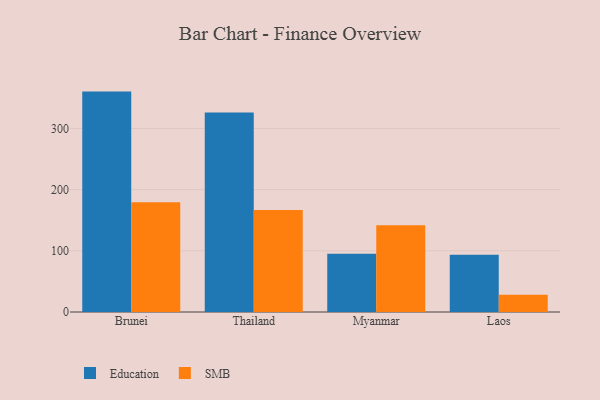
{"axis": {"x": "Country", "y": "Shipments"}, "legend": ["Education", "SMB"], "data": [{"x": "Brunei", "y": 360.2, "type": "Education"}, {"x": "Brunei", "y": 179.3, "type": "SMB"}, {"x": "Thailand", "y": 326.1, "type": "Education"}, {"x": "Thailand", "y": 166.9, "type": "SMB"}, {"x": "Myanmar", "y": 95.0, "type": "Education"}, {"x": "Myanmar", "y": 141.7, "type": "SMB"}, {"x": "Laos", "y": 93.6, "type": "Education"}, {"x": "Laos", "y": 28.0, "type": "SMB"}]}